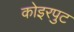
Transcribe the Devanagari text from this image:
कोइरपुट